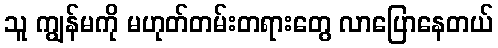
သူ ကျွန်မကို မဟုတ်တမ်းတရားတွေ လာပြောနေတယ်